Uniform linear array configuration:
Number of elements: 16
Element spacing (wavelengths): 0.5
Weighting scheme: blackman
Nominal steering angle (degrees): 15
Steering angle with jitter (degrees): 14.907
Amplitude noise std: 0.05
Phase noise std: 0.05

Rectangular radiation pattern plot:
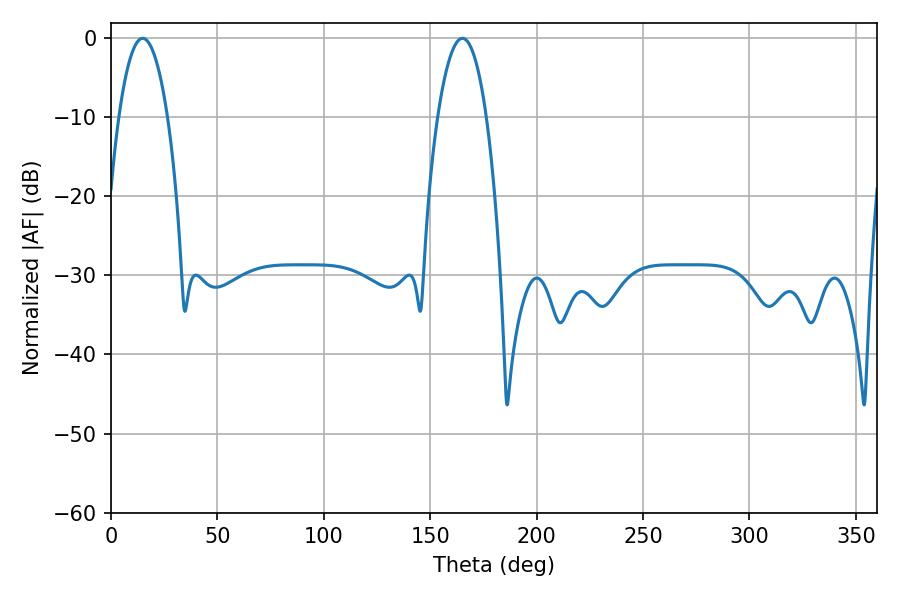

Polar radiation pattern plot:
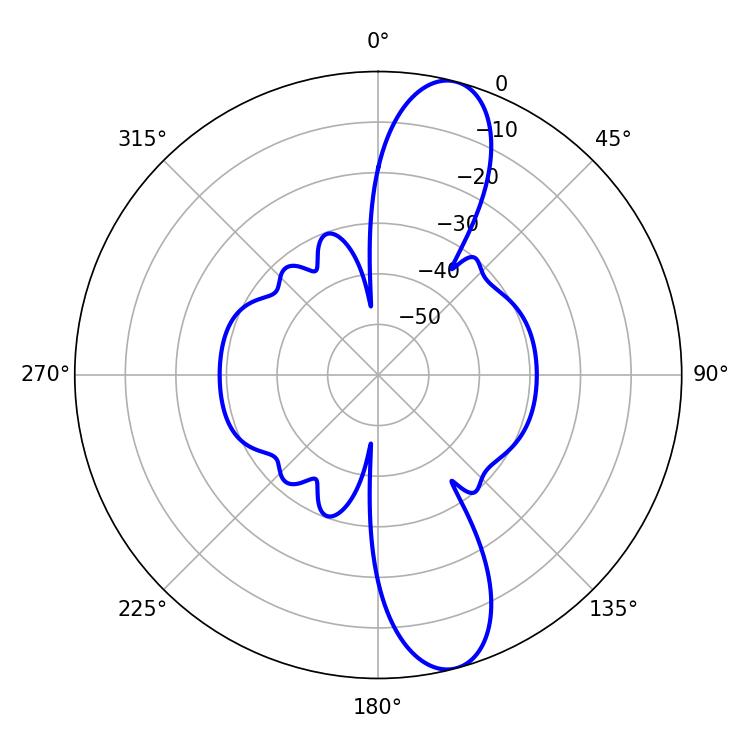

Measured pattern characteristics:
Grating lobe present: FALSE
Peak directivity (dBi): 12.151
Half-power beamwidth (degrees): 12.6
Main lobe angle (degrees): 14.94